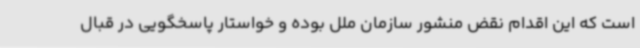
است که این اقدام نقض منشور سازمان ملل بوده و خواستار پاسخگویی در قبال